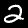
Digit: 2